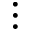
\vdots